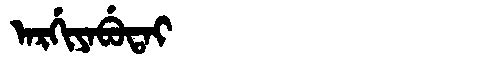
Manchu: ᠠᡵᡤᡳᠶᠠᠪᡠᡨᠠᡳ
Romanization: ARGIYABUTAI